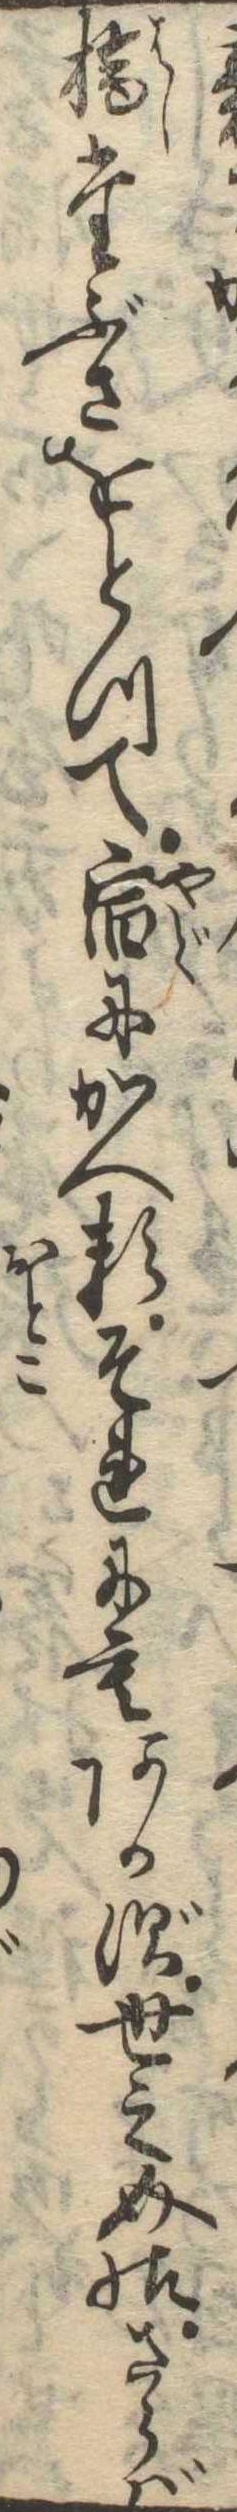
橋たぶさをとつて宿にかへるそれにもあかず世之介様さらば